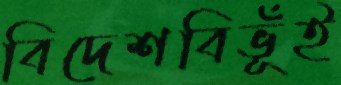
বিদেশবিভূঁই